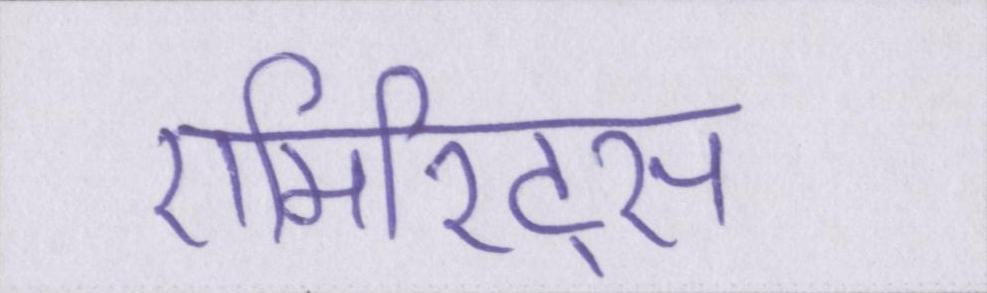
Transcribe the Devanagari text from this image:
एमिरिट्स